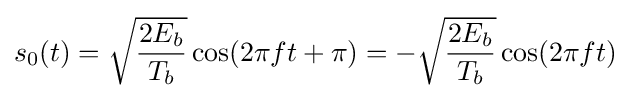
s_{0}(t)={\sqrt {\frac {2E_{b}}{T_{b}}}}\cos(2\pi ft+\pi )=-{\sqrt {\frac {2E_{b}}{T_{b}}}}\cos(2\pi ft)